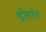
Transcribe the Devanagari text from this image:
डीहरेन